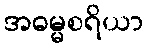
အဓမ္မစရိယာ